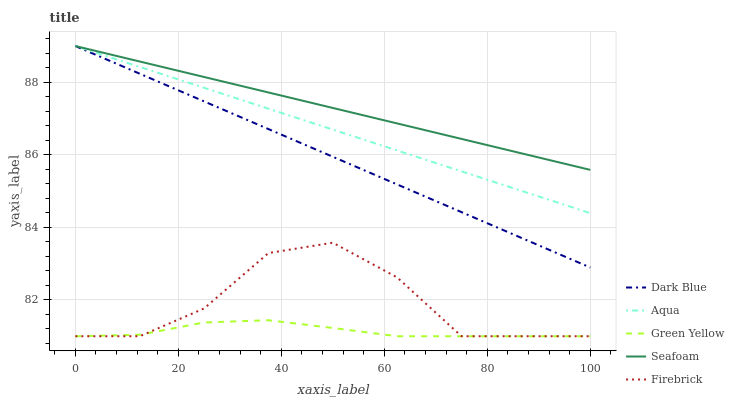
| xaxis_label | Dark Blue | Aqua | Green Yellow | Seafoam | Firebrick |
 | --- | --- | --- | --- | --- | --- |
 | 0 | 89 | 89 | 81 | 89 | 81 |
 | 12.5 | 88.2 | 88.4 | 81 | 88.6 | 81 |
 | 25 | 87.5 | 87.8 | 81.4 | 88.1 | 81.8 |
 | 37.5 | 86.7 | 87.3 | 81.4 | 87.7 | 83.3 |
 | 50 | 85.9 | 86.7 | 81.2 | 87.3 | 83.6 |
 | 62.5 | 85.2 | 86.1 | 81 | 86.9 | 82.6 |
 | 75 | 84.4 | 85.5 | 81 | 86.4 | 81 |
 | 87.5 | 83.7 | 85 | 81 | 86 | 81 |
 | 100 | 82.9 | 84.4 | 81 | 85.6 | 81 |